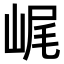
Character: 𡷕